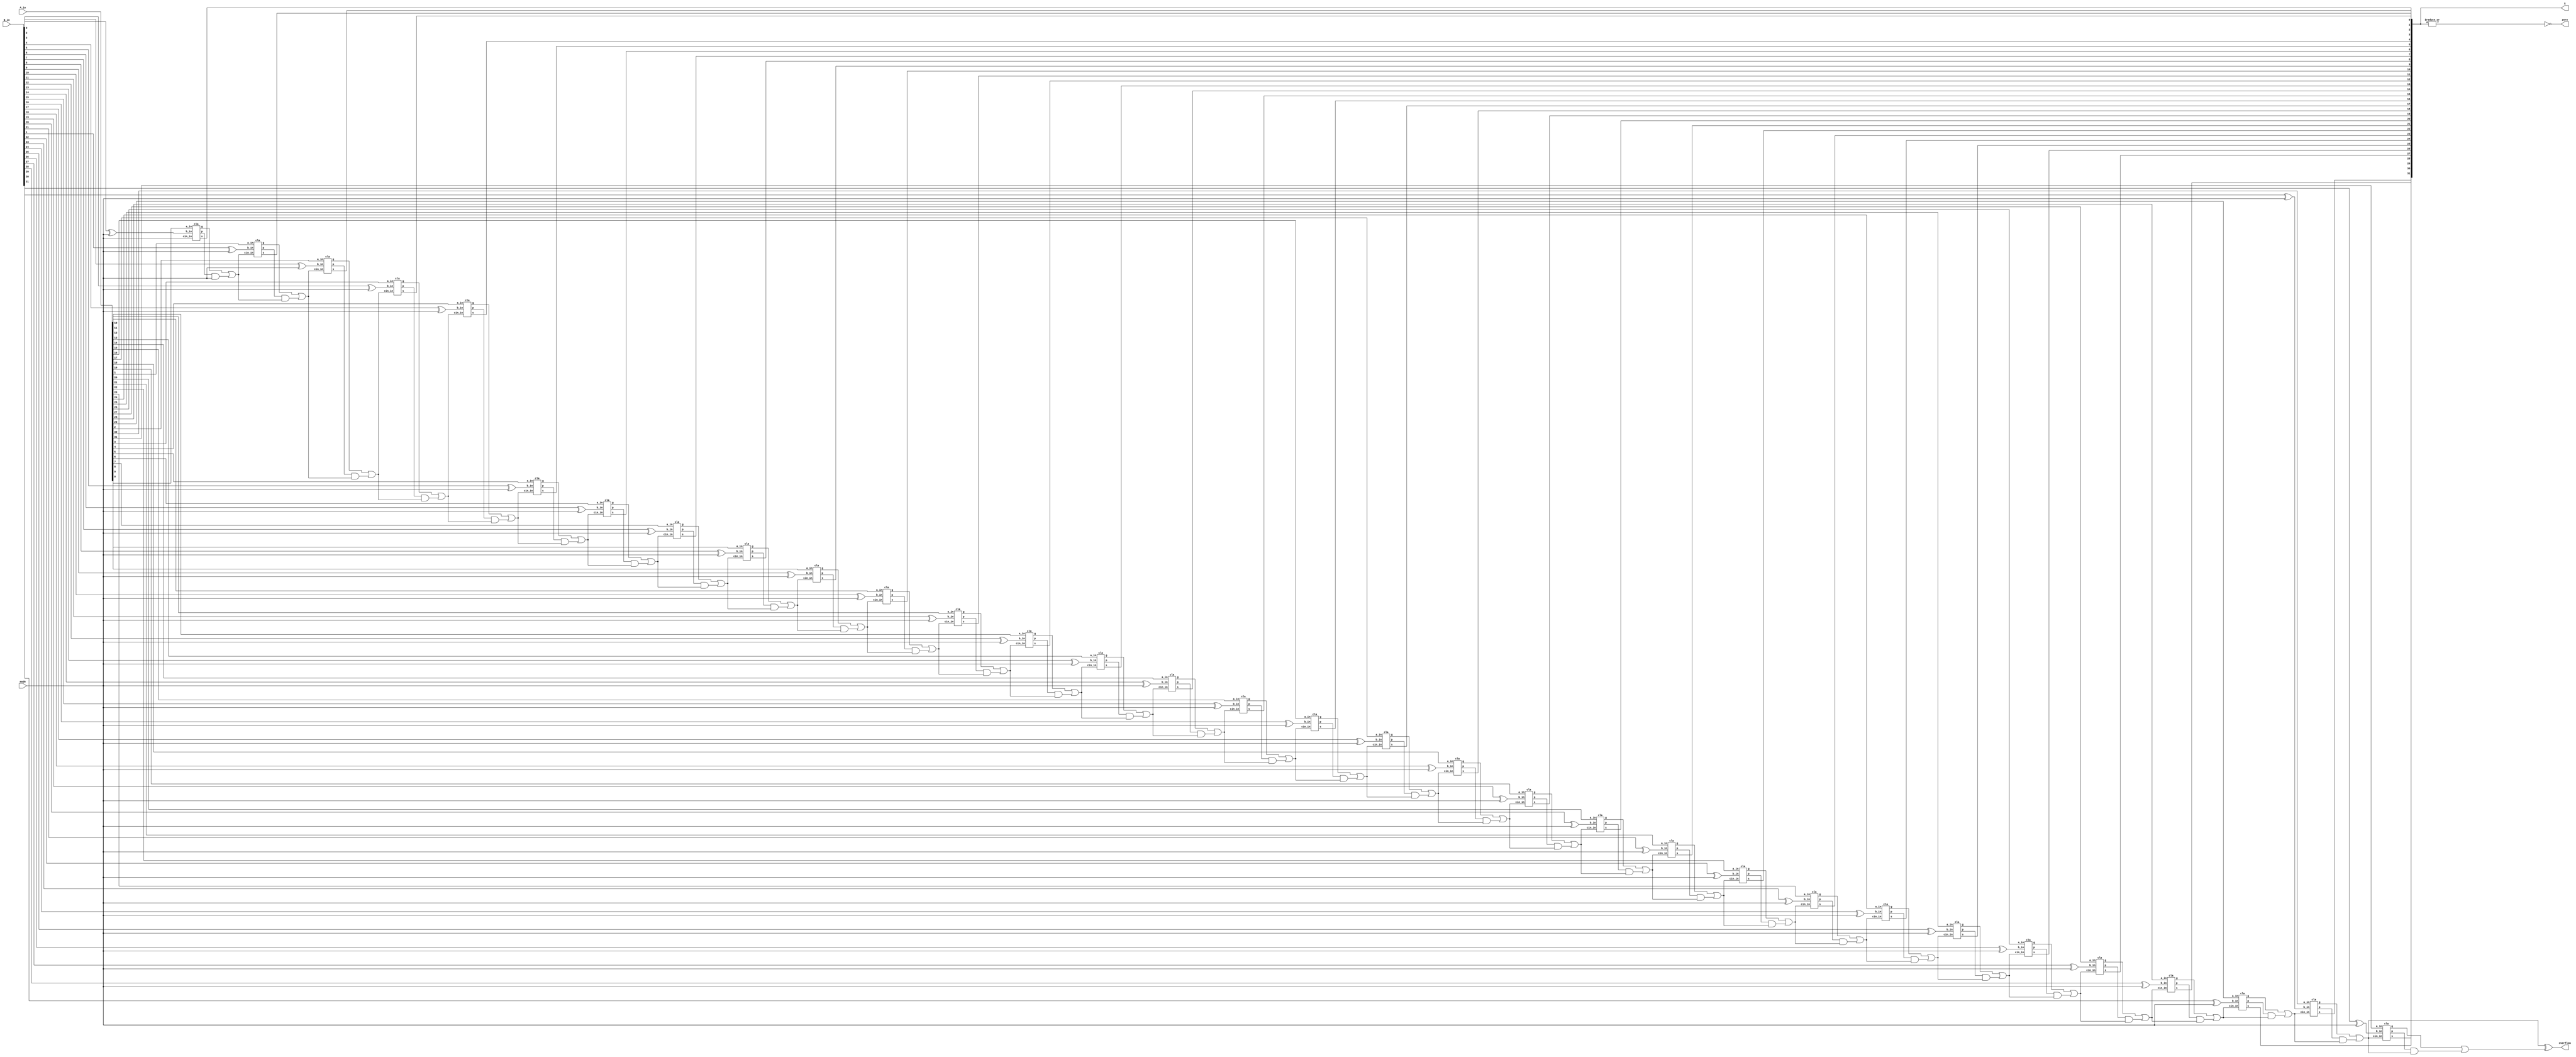
module CLA(
   input   wire [31:0] A_in,
   input   wire [31:0] B_in,
   input   wire        mode, // 0: add , 1: sub. 
   output       [31:0] S,
   output              zero,
   output              overflow
);
//=======================================================
//  REG/WIRE declarations
//=======================================================
wire [31:0] B_w;  
wire [31:0] S_w;
wire [31:0] P_w;
wire [31:0] G_w;
wire [32:1] Cin_w;
//=======================================================
//  Behavioral coding
//=======================================================
cla u_cla (.a_in (A_in[0]), .b_in (B_in[0]^mode), .cin_in (mode), .s (S_w[0]), .p (P_w[0]), .g (G_w[0]));

assign Cin_w[1] = G_w[0] | (P_w[0] & mode);


genvar m;
   generate 
      for (m=1; m<=31; m=m+1) 
         begin : block
		      assign B_w[m] = B_in[m] ^ mode;
		      assign Cin_w[m+1] = G_w[m] | (P_w[m] & Cin_w[m]);
            cla blk( 
               .a_in   (A_in[m]),
               .b_in   (B_w[m]),
				   .cin_in (Cin_w[m]),
				   .s      (S_w[m]),
				   .p      (P_w[m]),
				   .g      (G_w[m])
            );
         end
   endgenerate

   assign S = S_w;
   assign zero = ~(|S_w);
   assign overflow = (Cin_w[31] ^ Cin_w[32]);
endmodule

module cla(
   input a_in,
	input b_in,
	input cin_in,
	output s,
	output p,
	output g
);
   wire S_w, P_w, G_w;
   assign S_w = a_in ^ b_in ^ cin_in;
   assign P_w = a_in ^ b_in;
   assign G_w = a_in & b_in;
   assign s = S_w; 
   assign p = P_w; 
   assign g = G_w;
endmodule